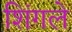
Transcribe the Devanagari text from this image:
शिंगले